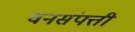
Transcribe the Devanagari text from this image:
वनसंपत्ती